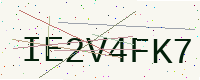
Text: IE2V4FK7